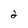
Character: 2